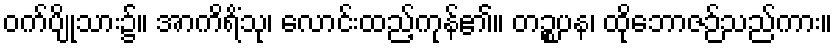
ဝက်ပျိုသား၌။ အာကိရိံသု၊ လောင်းထည့်ကုန်၏။ တဉ္စပန၊ ထိုဘောဇဉ်သည်ကား။